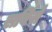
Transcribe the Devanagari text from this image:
सर्विसे